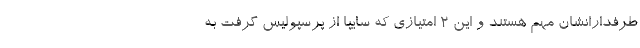
طرفدارانشان مهم هستند و این 2 امتیازی که سایپا از پرسپولیس گرفت به